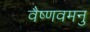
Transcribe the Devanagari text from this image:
वैष्णवमनु